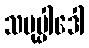
သမုပ္ပါဒေါ